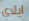
ايلاي